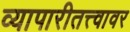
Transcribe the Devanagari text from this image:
व्यापारीतत्त्वावर